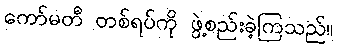
ကော်မတီ တစ်ရပ်ကို ဖွဲ့စည်းခဲ့ကြသည်။